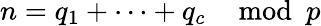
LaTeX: n=q_{1}+\cdots+q_{c}\mod p